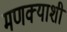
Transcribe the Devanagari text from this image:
मणक्याशी